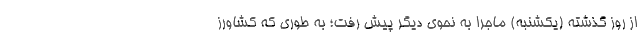
از روز گذشته (یکشنبه) ماجرا به نحوی دیگر پیش رفت؛ به طوری که کشاورز